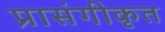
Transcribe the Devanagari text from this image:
प्रासंगीकृत